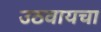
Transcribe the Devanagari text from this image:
उठवायचा